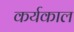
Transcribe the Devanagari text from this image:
कर्यकाल